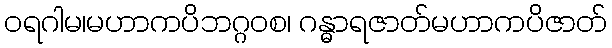
ဝရဂါမ၊မဟာကပိဘဂ္ဂဝစ၊ ဂန္ဓာရဇာတ်မဟာကပိဇာတ်